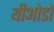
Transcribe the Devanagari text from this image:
थीओडो